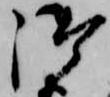
御